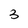
Character: 3